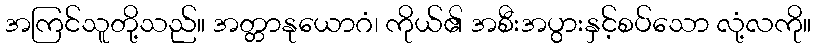
အကြင်သူတို့သည်။ အတ္တာနုယောဂံ၊ ကိုယ်၏ အစီးအပွားနှင့်စပ်သော လုံ့လကို။